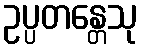
ဥပ္ပတန္တေသု